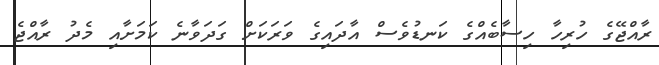
ރާއްޖޭގެ ހުރިހާ ހިސާބެއްގެ ކަނޑުވެސް އާދައިގެ ވަރަކަށް ގަދަވާނެ ކަމަށާއި މެދު ރާއްޖެ